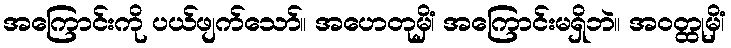
အကြောင်းကို ပယ်ဖျက်သော်။ အဟေတုမှိံ၊ အကြောင်းမရှိဘဲ။ အဝတ္ထုမှိံ၊